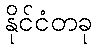
နိုင်ငံတခု